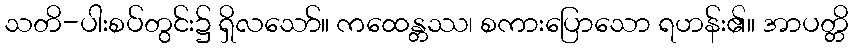
သတိ-ပါးစပ်တွင်း၌ ရှိလသော်။ ကထေန္တဿ၊ စကားပြောသော ရဟန်း၏။ အာပတ္တိ